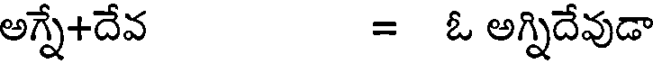
అగ్నే+దేవ = ఓ అగ్నిదేవుడా